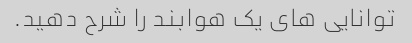
توانایی های یک هوابند را شرح دهید.